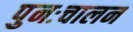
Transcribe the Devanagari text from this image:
पुनःचालन